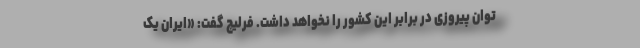
توان پیروزی در برابر این کشور را نخواهد داشت. فرلیچ گفت: «ایران یک